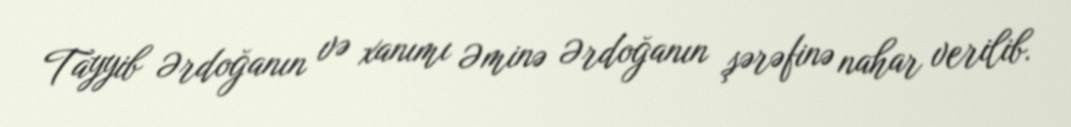
Tayyib Ərdoğanın və xanımı Əminə Ərdoğanın şərəfinə nahar verilib.